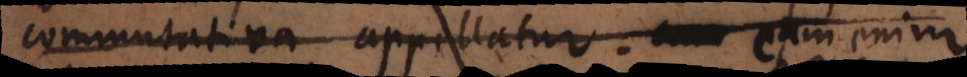
commutativa appellatur. Cum enim